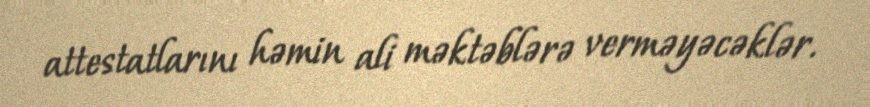
attestatlarını həmin ali məktəblərə verməyəcəklər.